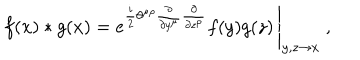
f ( x ) \ast g ( x ) = \left. e ^ { \frac { i } { 2 } \theta ^ { \mu \rho } \frac { \partial } { \partial y ^ { \mu } } \frac { \partial } { \partial z ^ { \rho } } } f ( y ) g ( z ) \, \right| _ { y , z \to x } ~ ,